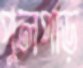
পুলপাড়